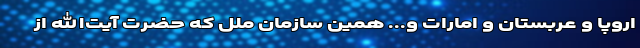
اروپا و عربستان و امارات و... همین سازمان ملل که حضرت آیت‌الله از